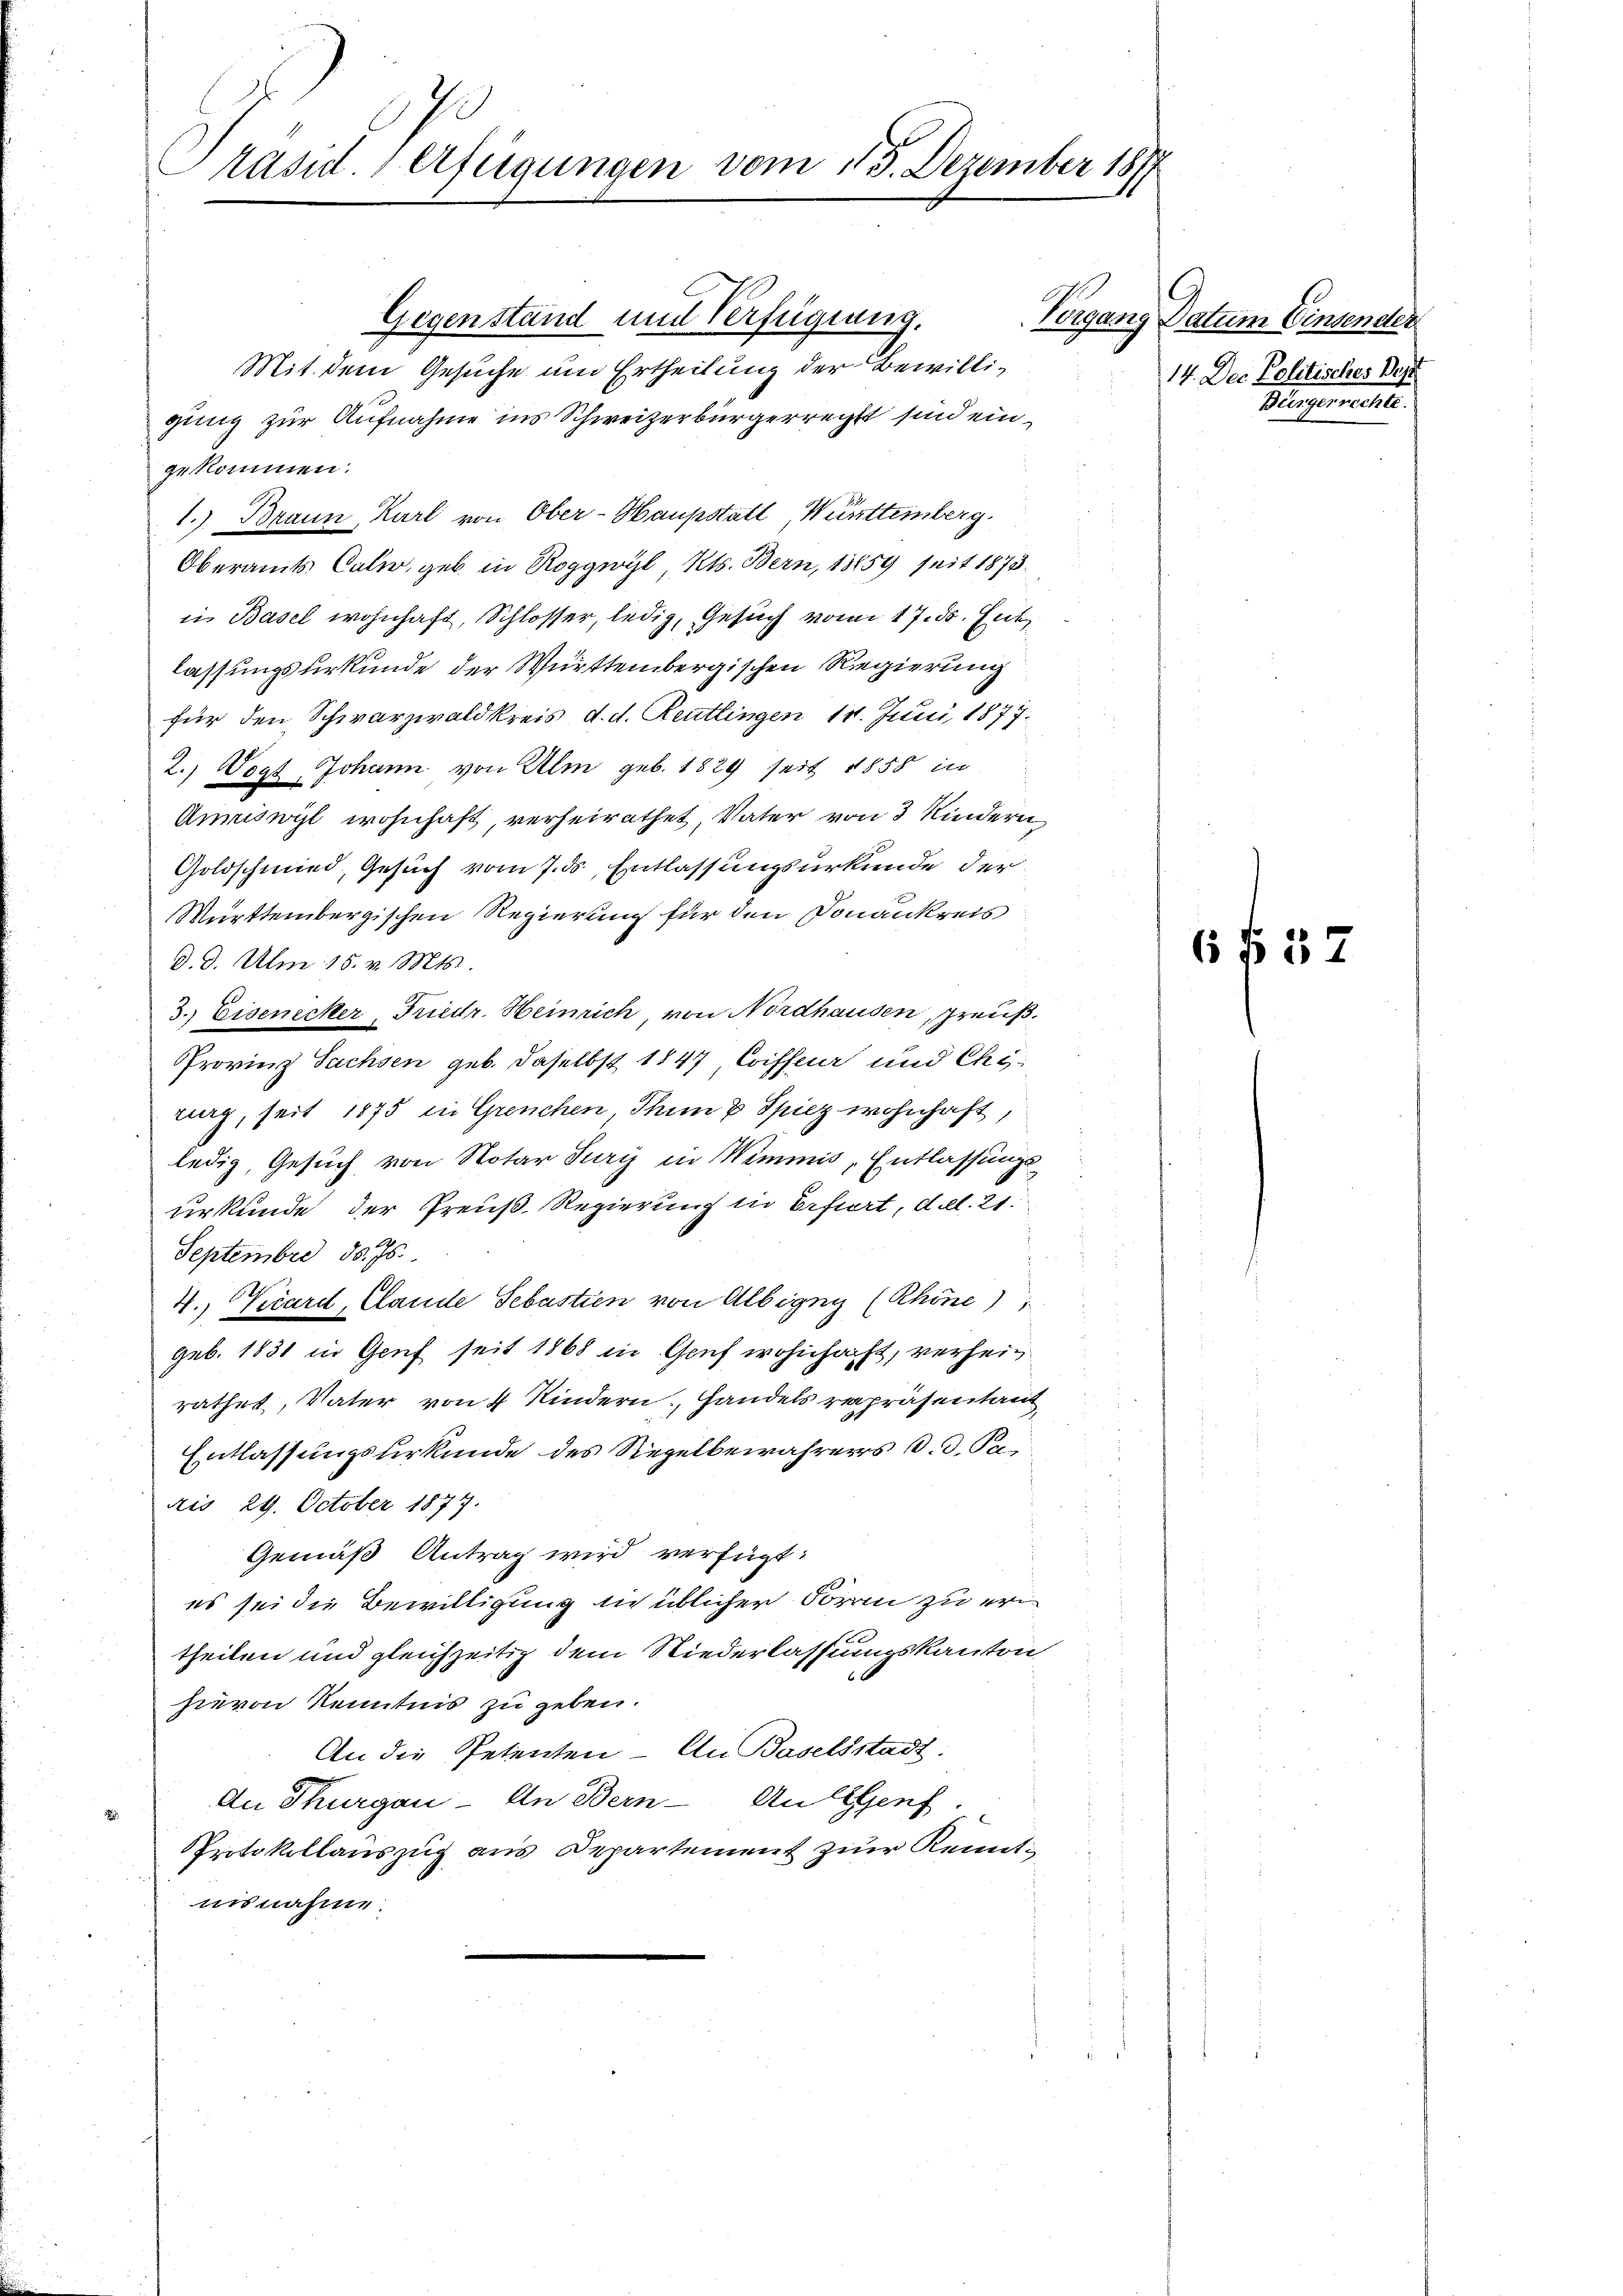
Präsid. Verfügungen vom 15. Dezember 181

Gegenstand mit Verfügung.
Mit dem Gesuche um Ertheilung der Bewilligung zur Aufnahme ins Schweizerbürgerrecht sind eingekommen.
1. Braun, Karl von Ober-Haupstatt Württemberg.
Oberamts Cole, geb. in Roggwyl, Kts. Bern, 1859 seit 1873.
in Basel wohnhaft, Schlosser, ledig, Gesuch vom 17. ds. Ent
lassungsurkunde der Württembergischen Regierung
für den Schwarzwaldkreis d. d. Reutlingen 11. Juni 1877.
2.) Vogt Johann von Alm geb. 1829 seit 1858 in
Amriswyl wohnhaft, verheirathet, Vater von 3 Kindern
Goldschmied, Gesuch vom 7. ds Entlassungsurkunde der
Württembergischen Regierung für den Donankreis
d. d. Am 15. v. Mts.
3. Eisenecker Friedr. Heinrich von Nordhausen, preuß
Provinz Sachsen geb. daselbst 1847 Coiffer und Chirurg, seit 1875 in Grenchen Thun u. Spiez wohnhaft,
ledig, Gesuch von Notar Jury in Wimmis, Entlassungsurkunde der Preuß. Regierung die Erfiert, dell. 21.
Septembre 1875.
.
4., Vicard, Clande Sebastien von Albigen (Rhöne),
geb. 1831 in Gruf seit 1868 in Genf wohnhaft, verheirathes, Vater von 4 Kindern, Handels repräsentant
Entlassungsurkunde des Regelbewahrers d. d. Reis 29. October 1877.
Gemäß Antrag wird verfügt:
es sei die Bewilligung in üblicher Foran zu eri
theilen und gleichzeitig dem Niederlassungskanton
hievon Kenntnis zu geben.
An die Petenten - An Baselsstadt.
An Thurgau - An Bern - An Genf.
Protokollauszug aus Departement zur Kenntnisnahme.

Ternen

Datum Einsender
14. Der Politisches Best
Stengerecht.

6 f 57